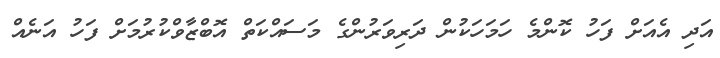
އަދި އެއަށް ފަހު ކޮންމެ ހަމަހަކުން ދަރިވަރުންގެ މަސައްކަތް އޮބްޒާވްކުރުމަށް ފަހު އަނެއް